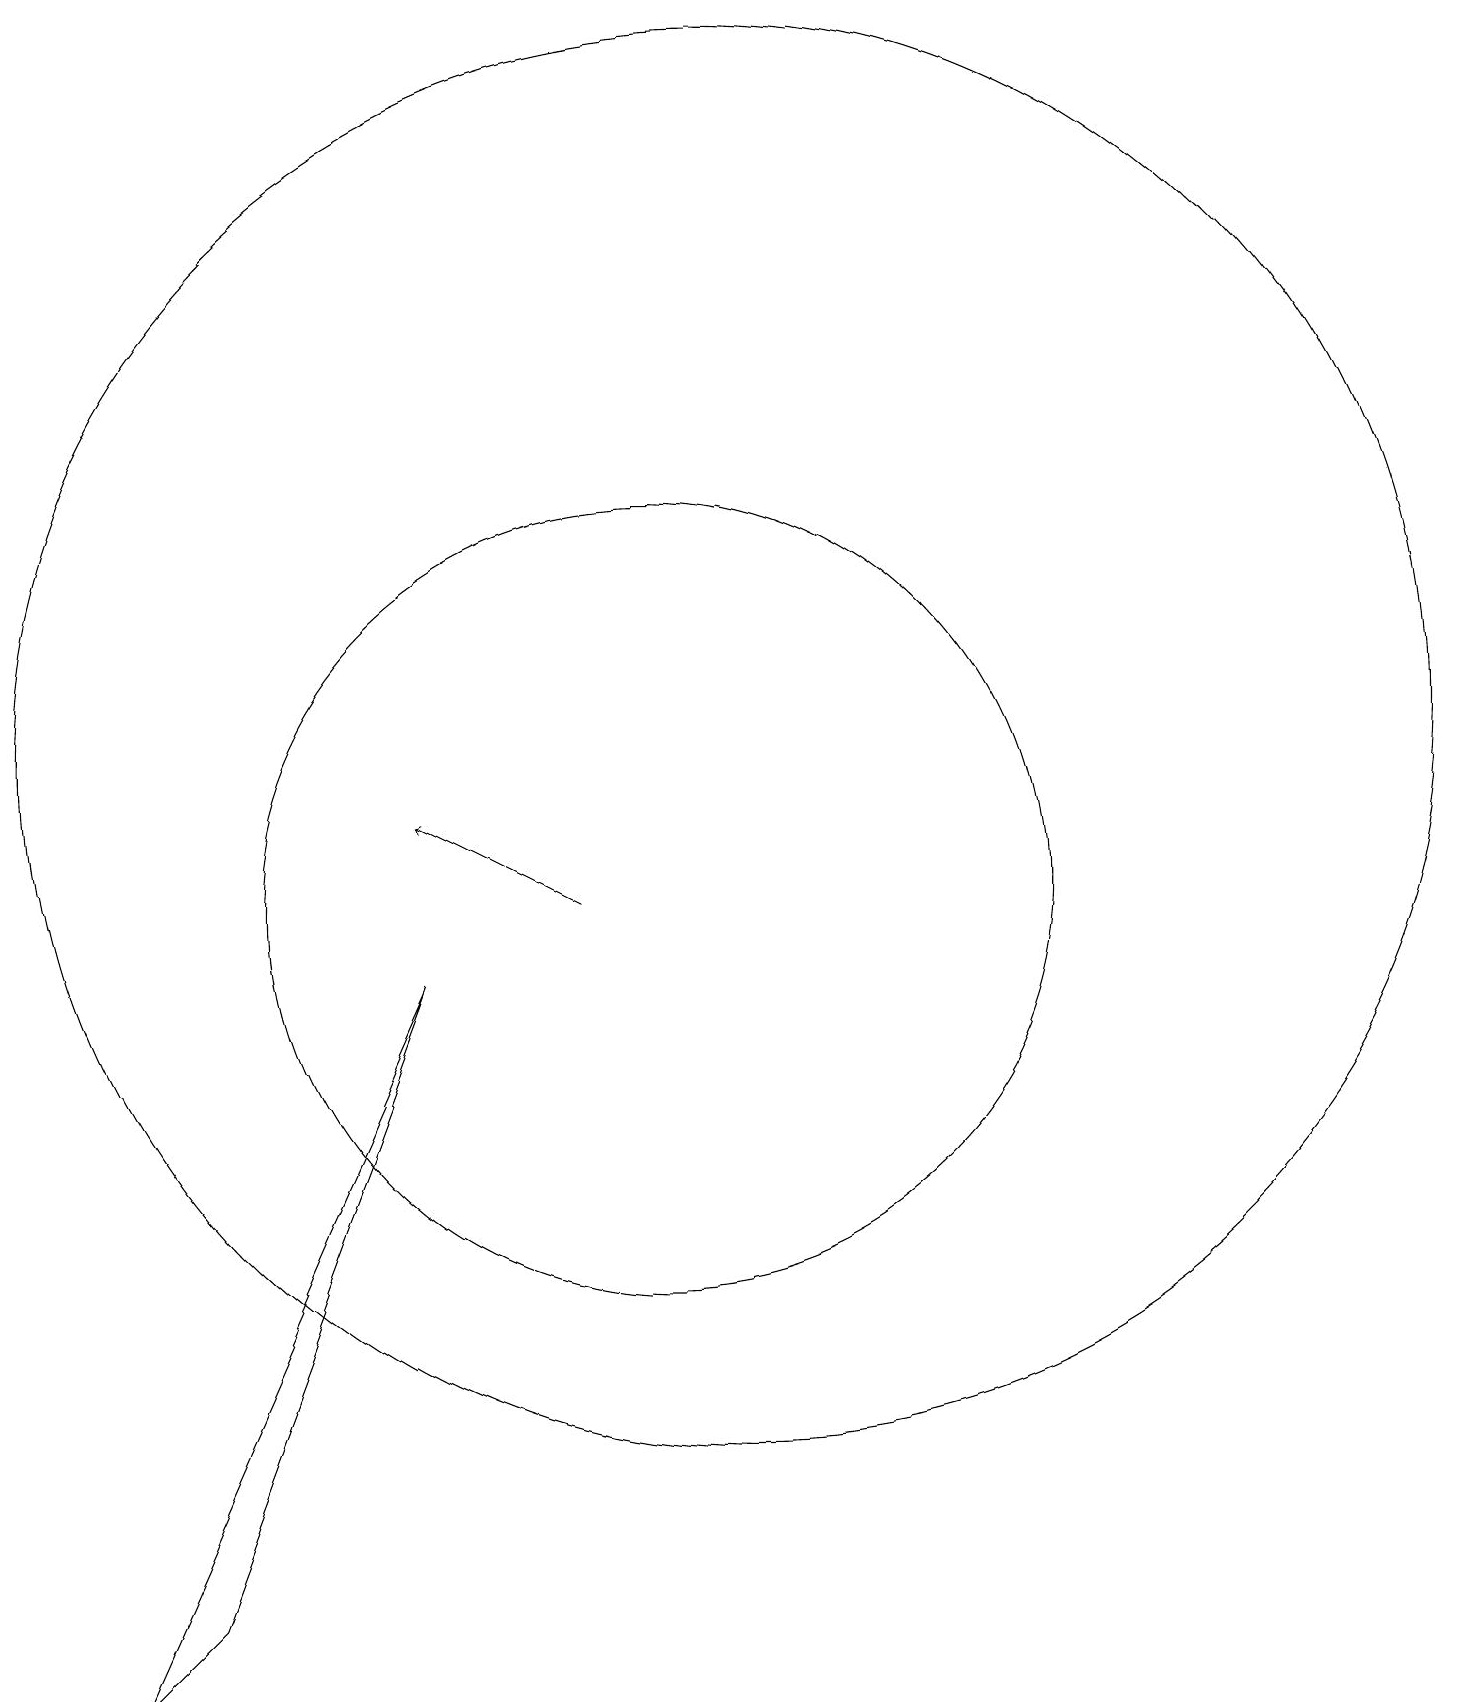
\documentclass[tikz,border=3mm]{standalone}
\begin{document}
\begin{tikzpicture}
\draw (10,10) circle (5);
\draw (3,0) -- (4,1) -- (7,9) -- cycle;
\draw[->] (9,10) -- (7,11);
\draw (11,12) circle (9);
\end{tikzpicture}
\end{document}